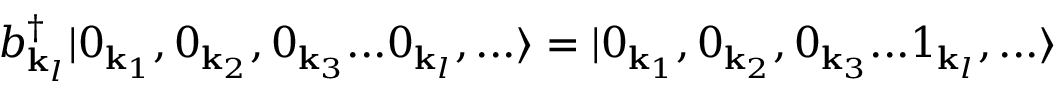
b _ { { \mathbf { k } } _ { l } } ^ { \dagger } | 0 _ { { \mathbf { k } } _ { 1 } } , 0 _ { { \mathbf { k } } _ { 2 } } , 0 _ { { \mathbf { k } } _ { 3 } } . . . 0 _ { { \mathbf { k } } _ { l } } , . . . \rangle = | 0 _ { { \mathbf { k } } _ { 1 } } , 0 _ { { \mathbf { k } } _ { 2 } } , 0 _ { { \mathbf { k } } _ { 3 } } . . . 1 _ { { \mathbf { k } } _ { l } } , . . . \rangle